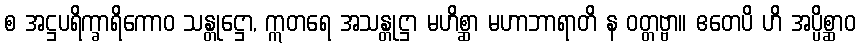
စ အဋ္ဌပရိက္ခာရိကောဝ သန္တုဋ္ဌော, ဣတရေ အသန္တုဋ္ဌာ မဟိစ္ဆာ မဟာဘာရာတိ န ဝတ္တဗ္ဗာ။ ဧတေပိ ဟိ အပ္ပိစ္ဆာဝ